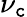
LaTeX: \nu_{\mathtt{c}}